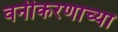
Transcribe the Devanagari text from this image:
वनीकरणाच्या